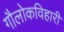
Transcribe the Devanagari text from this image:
गौलोकविहारी